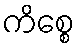
ကိစ္စေ